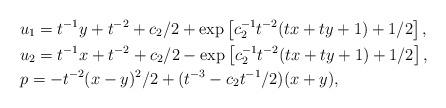
LaTeX: \begin{align*}& u_{1}=t^{-1}y+t^{-2}+c_{2}/2+\exp\left[ c_{2}^{-1}t^{-2}(tx+ty+1)+1/2\right] ,\\& u_{2}=t^{-1}x+t^{-2}+c_{2}/2-\exp\left[ c_{2}^{-1}t^{-2}(tx+ty+1)+1/2\right] ,\\& p=-t^{-2}(x-y)^{2}/2+(t^{-3}-c_{2}t^{-1}/2)(x+y),\end{align*}